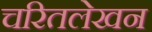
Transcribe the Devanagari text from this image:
चरितलेखन